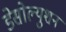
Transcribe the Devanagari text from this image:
डेसोल्युशन